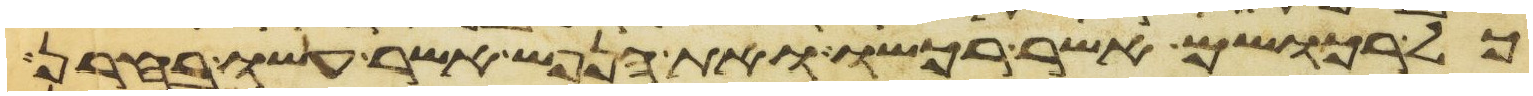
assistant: כל רכושם אשר רכשו ואת הנפש אשר עשו בחרן